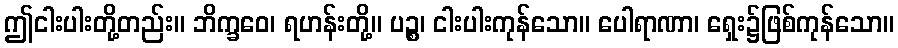
ဤငါးပါးတို့တည်း။ ဘိက္ခဝေ၊ ရဟန်းတို့။ ပဉ္စ၊ ငါးပါးကုန်သော။ ပေါရာဏာ၊ ရှေး၌ဖြစ်ကုန်သော။